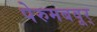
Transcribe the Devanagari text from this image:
पेरुमबवूर्